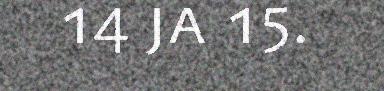
14 ja 15.